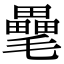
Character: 𣰭